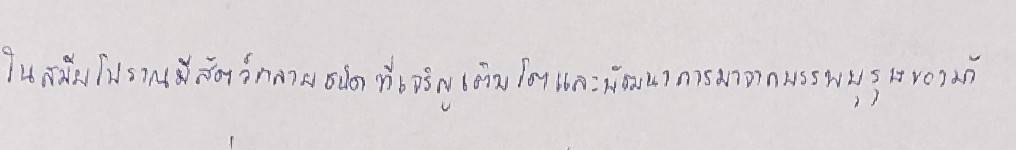
ในสมัยโบราณมีสัตว์หลายชนิดที่เจริญเติบโตและพัฒนาการมาจากบรรพบุรุษของม้า